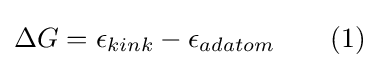
\Delta G=\epsilon _{kink}-\epsilon _{adatom}\qquad (1)